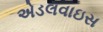
એડલવાઇસ